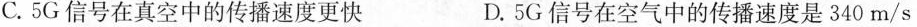
C.5G信号在真空中的传播速度更快 D.5G信号在空气中的传播速度是340m/s